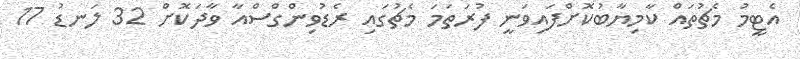
އެޓީމު މެޗުތައް ކާމިޔާބުކޮށްފައިވަނީ ފުރަތަމަ މެޗުގައި ރެޑުވިންގްސްއާ ވާދަކޮށް 32 ލަނޑު 17